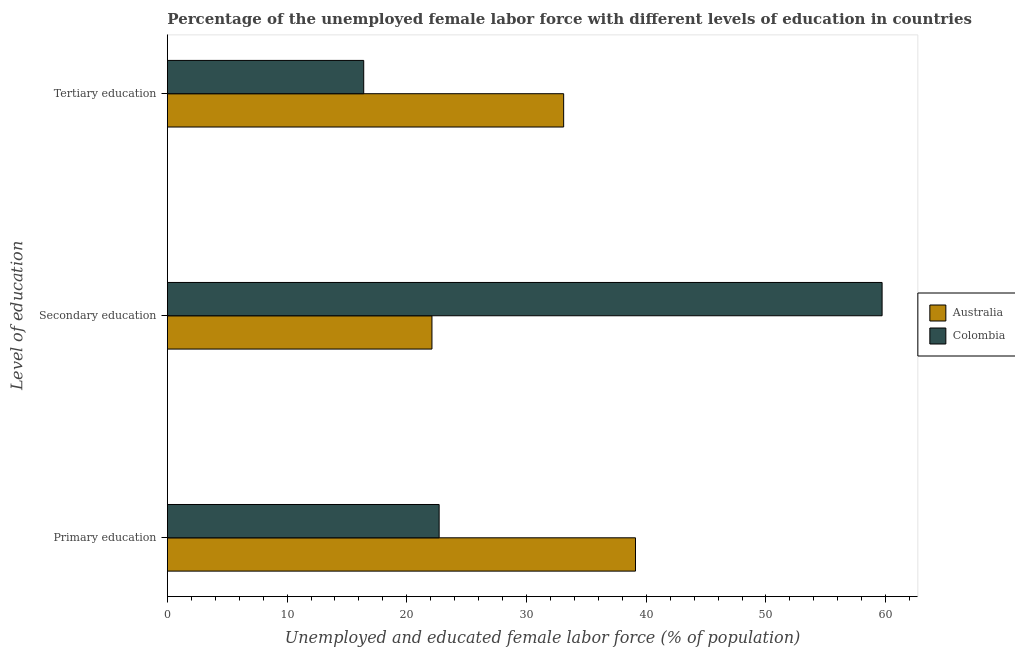
| Level of education | Australia | Colombia |
 | --- | --- | --- |
 | Primary education | 39.1 | 22.7 |
 | Secondary education | 22.1 | 59.7 |
 | Tertiary education | 33.1 | 16.4 |